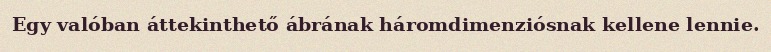
Egy valóban áttekinthető ábrának háromdimenziósnak kellene lennie.